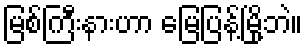
မြစ်ကြီးနားဟာ မြေပြန့်မြို့ဘဲ။